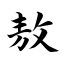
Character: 敖